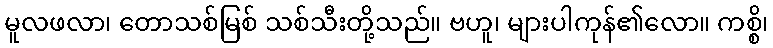
မူလဖလာ၊ တောသစ်မြစ် သစ်သီးတို့သည်။ ဗဟူ၊ များပါကုန်၏လော။ ကစ္စိ၊